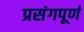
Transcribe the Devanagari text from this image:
प्रसंगपूर्ण